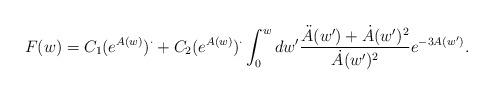
LaTeX: \begin{align*}F(w) = C_1(e^{A(w)})^{\cdot} + C_2(e^{A(w)})^{\cdot} \int_0^wdw'\frac{\ddot{A}(w')+\dot{A}(w')^2}{\dot{A}(w')^2}e^{-3A(w')}. \end{align*}